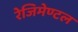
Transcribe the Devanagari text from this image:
रेजिमेण्टल